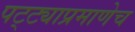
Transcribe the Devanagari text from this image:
पट्ट्याप्रमाणेच